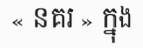
« នគរ » ក្នុង